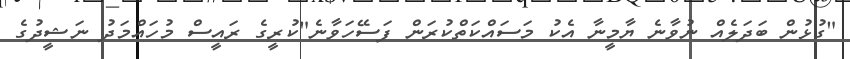
"ގުޅުން ބަދަލެއް ނުވާނެ ޔާމީނާ އެކު މަސައްކަތްކުރަން ފަސޭހަވާނެ"ކުރީގެ ރައީސް މުހައްމަދު ނަޝީދުގެ